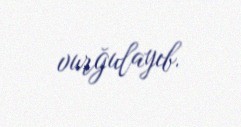
vurğulayıb.